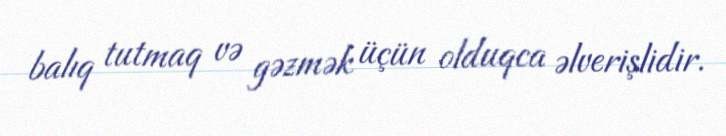
balıq tutmaq və gəzmək üçün olduqca əlverişlidir.